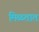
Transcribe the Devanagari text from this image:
मिळतात़